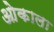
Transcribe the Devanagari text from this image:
ओकाला